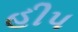
હીપ